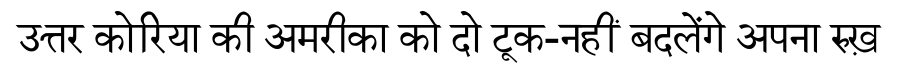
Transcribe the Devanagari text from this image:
उत्तर कोरिया की अमरीका को दो टूक-नहीं बदलेंगे अपना रुख़